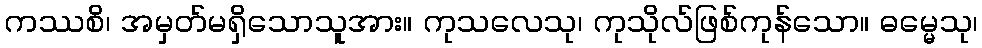
ကဿစိ၊ အမှတ်မရှိသောသူအား။ ကုသလေသု၊ ကုသိုလ်ဖြစ်ကုန်သော။ ဓမ္မေသု၊